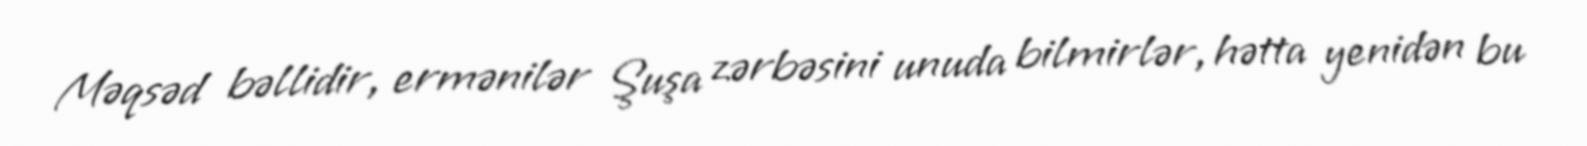
Məqsəd bəllidir, ermənilər Şuşa zərbəsini unuda bilmirlər, hətta yenidən bu